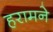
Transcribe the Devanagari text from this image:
हरामने